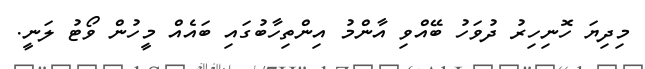
މިދިޔަ ހޮނިހިރު ދުވަހު ބޭއްވި އާންމު އިންތިހާބުގައި ބައެއް މީހުން ވޯޓު ލަނީ.